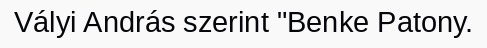
Vályi András szerint "Benke Patony.